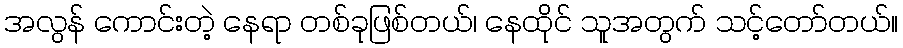
အလွန် ကောင်းတဲ့ နေရာ တစ်ခုဖြစ်တယ်၊ နေထိုင် သူအတွက် သင့်တော်တယ်။